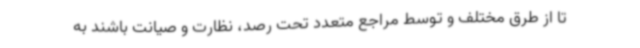
تا از طرق مختلف و توسط مراجع متعدد تحت رصد، نظارت و صیانت باشند به